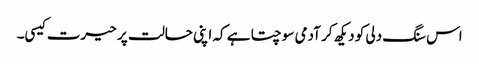
اس سنگ دلی کو دیکھ کر آدمی سوچتا ہے کہ اپنی حالت پر حیرت کیسی۔